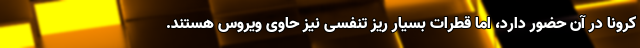
کرونا در آن حضور دارد، اما قطرات بسیار ریز تنفسی نیز حاوی ویروس هستند.